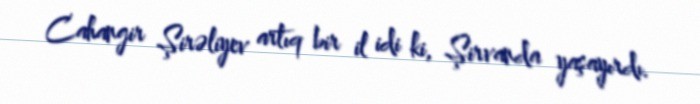
Cahangir Şirəliyev artıq bir il idi ki, Şirvanda yaşayırdı.